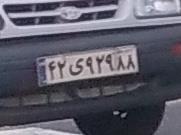
۴۲ی۹۲۹۸۸